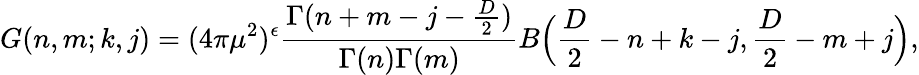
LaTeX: G(n,m;k,j)=(4\pi\mu^{2})^{\epsilon}\frac{\Gamma(n+m-j-{\frac{D}{2}})}{\Gamma(n)\Gamma(m)}B\Big(\frac{D}{2}-n+k-j,\frac{D}{2}-m+j\Big),